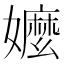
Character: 嬤